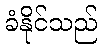
ခံနိုင်သည်